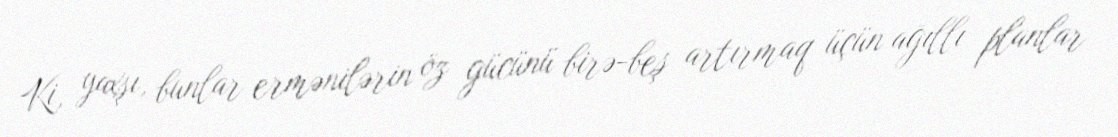
Ki, yaxşı, bunlar ermənilərin öz gücünü birə-beş artırmaq üçün ağıllı planlar